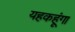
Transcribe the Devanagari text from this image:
यहकहूंगा